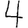
Digit: 4